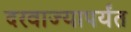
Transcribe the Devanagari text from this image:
दरवाज्यापर्यंत